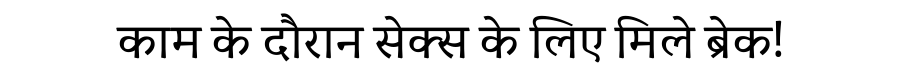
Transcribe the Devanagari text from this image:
काम के दौरान सेक्स के लिए मिले ब्रेक!